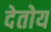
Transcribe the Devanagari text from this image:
देतोय